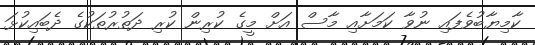
ކާމިޔާބުވެފައި ނުވާ ކަމަށާއި މާސް އަށް މީގެ ކުރިން ކުރި ދަތުރުތަކުގެ ދެބައިކުޅަ